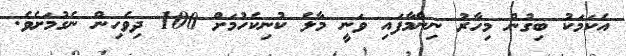
އެކަމަކު ބިގުން މިހާރު ނިންމާފައި ވަނީ މާލެ ކުނިކެހުމަށް 100 ދިވެހިން ނެގުމަށެވެ.